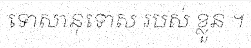
ទោសានុទោស របស់ ខ្លួន ។